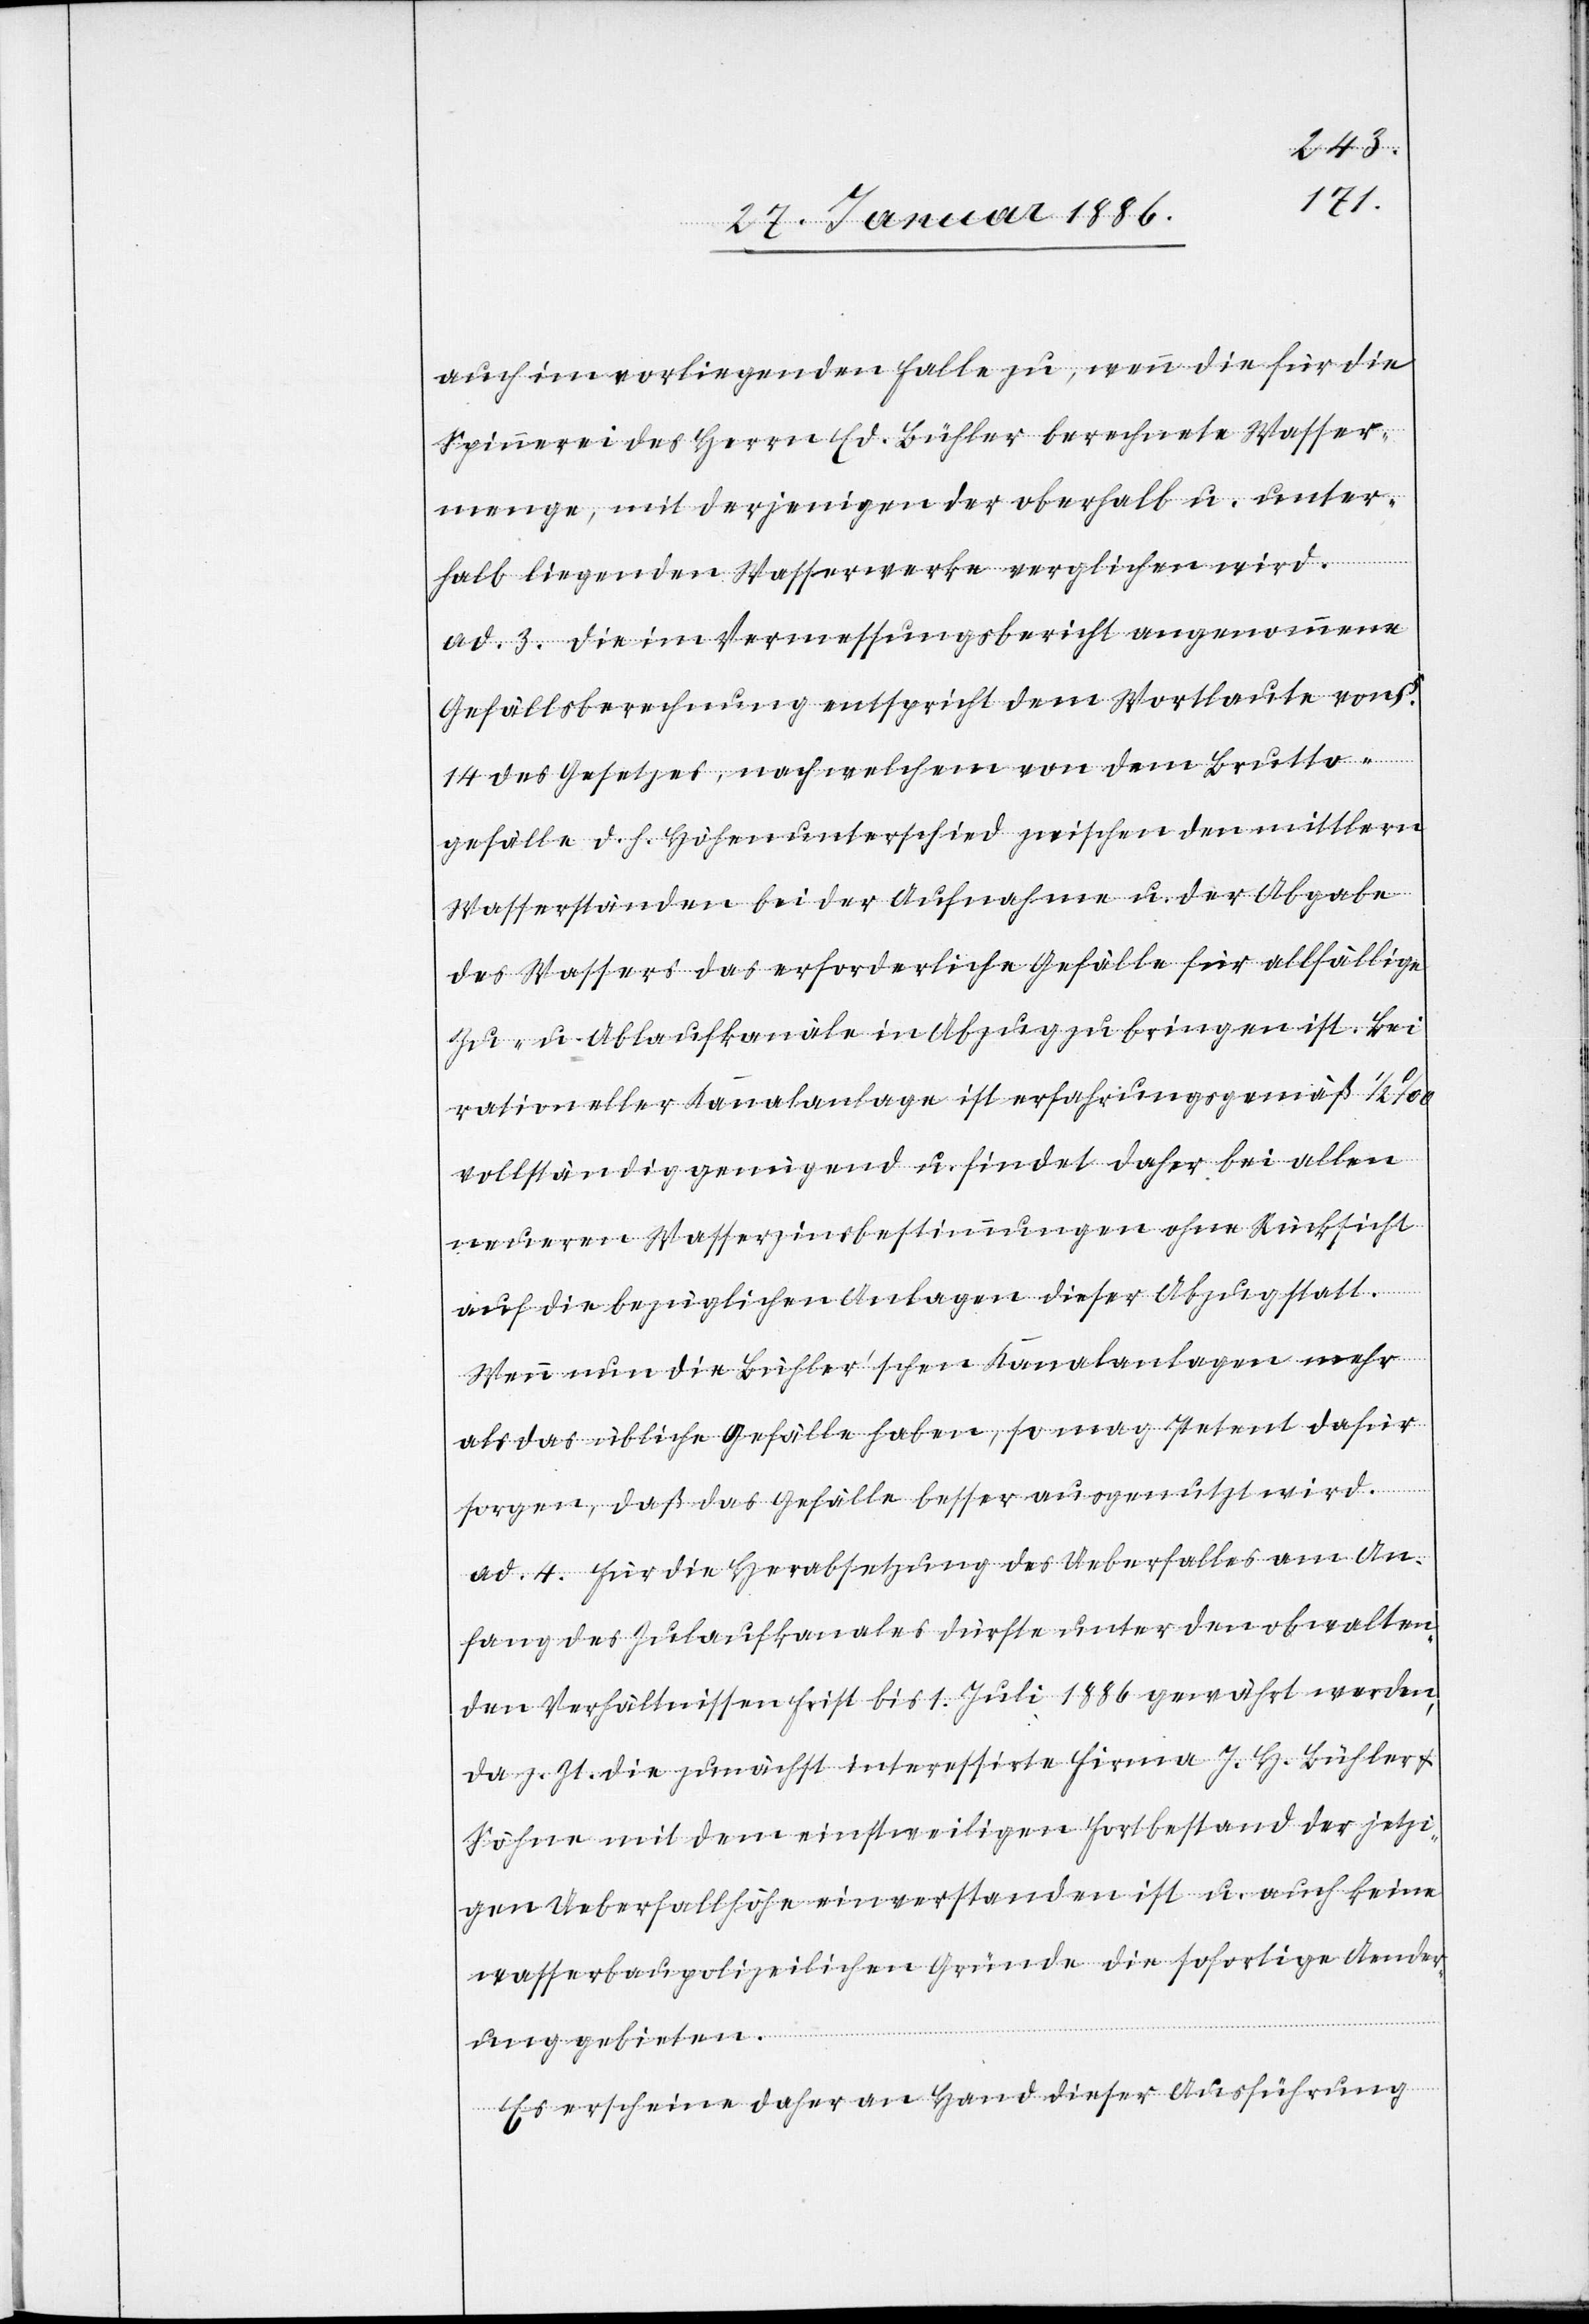
auch im vorliegenden Falle zu, wenn die für die
Spinnerei des Herrn Ed. Bühler berechnete Wasser¬
menge, mit derjenigen der oberhalb u. unter¬
halb liegenden Wasserwerke verglichen wird.
ad. 3. Die im Vermessungsbericht angenommenen
Gefällsberechnung entspricht dem Wortlaute von
14 des Gesetzes, nach welchem von dem Brutto¬
gefälle d. h. Höhenunterschied zwischen den mittlern
Wasserständen bei der Aufnahme u. der Abgabe
des Wassers das erforderliche Gefälle für allfällige
Zu- u. Ablaufkanäle in Abzug zu bringen ist. Bei
rationeller Kanalanlage ist erfahrungsgemäß 1/2‰
vollständig genügend u. findet daher bei allen
neueren Wasserzinsbestimmungen ohne Rücksicht
auf die bezüglichen Anlagen dieser Abzug statt.
Wenn nun die Bühler’schen Kanalanlagen mehr
als das übliche Gefälle haben, so mag Petent dafür
sorgen, daß das Gefälle besser ausgenutzt wird.
ad. 4. Für die Herabsetzung des Ueberfalles am An¬
fang des Zulaufkanales dürfte unter den obwalten¬
den Verhältnissen Frist bis 1. Juli 1886 gewährt werden,
da z. Zt. die zunächst interessirte Firma J. H. Bühler
Söhne mit dem einstweiligen Fortbestand der jetzi¬
gen Ueberfallhöhe einverstanden ist u. auch keine
wasserbaupolizeilichen Gründe die sofortige Aender¬
ung gebiete.
Es erscheine daher an Hand dieser Ausführung